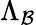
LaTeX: \Lambda_{\mathcal{B}}